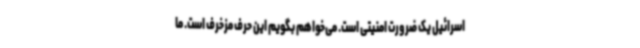
اسرائیل یک ضرورت امنیتی است. می‌خواهم بگویم این حرف مزخرف است. ما